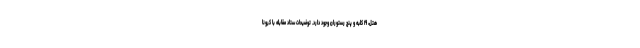
هتل، ۱۹ کلبه و پنج رستوران وجود دارد. توضیحات ستاد مقابله با کرونا